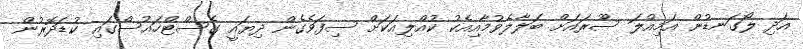
އަދި ލޯގަނޑުން އަމިއްލަ ސޫރައަށް ބަލާލެވުމާއިއެކު ކުއްލިއަކަށް ސިފަވެގެން ދިޔައީ ގެސްޓްހައުސްގައި ކުޑަދޮރުން